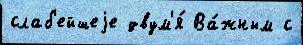
слаб'ейшеjе двум'я́ Ва́жным с